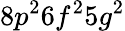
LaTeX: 8p^{2}6f^{2}5g^{2}